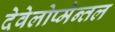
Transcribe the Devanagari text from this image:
देवेलोप्मेन्तल